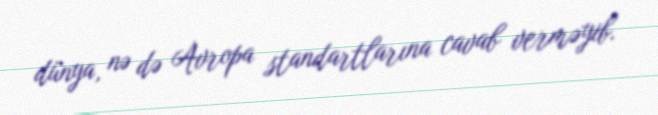
dünya, nə də Avropa standartlarına cavab verməyib.